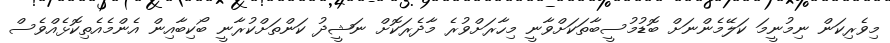
މިވެރިކަން ނިމުނީމަ ކަލޭމެންނަށް ބޮޑުމުސީބާތަކަށްވާނީ މިހާރަށްވުރެ މާދެރަކޮށް ނަޝީދު ކަންތަށްކުރާނީ ބޯކިބާއިން އެންމެއެތިކޮޅެއްވެސް